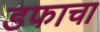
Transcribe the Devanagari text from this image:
डफाचा